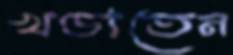
খণ্ডাতেন